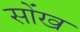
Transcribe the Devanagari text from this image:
सोंख